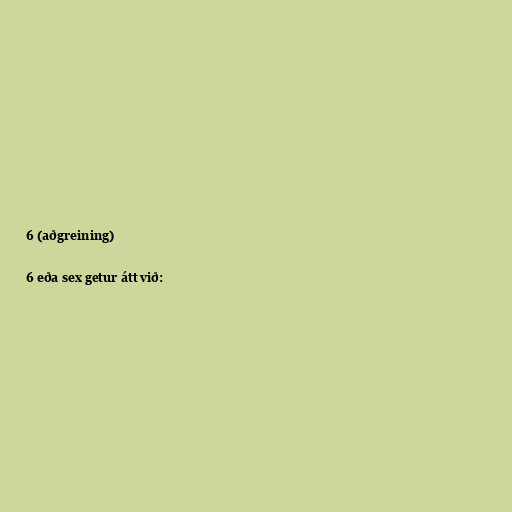
6 (aðgreining)

6 eða sex getur átt við: